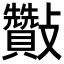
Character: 𣀶